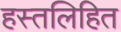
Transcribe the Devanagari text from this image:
हस्तलिहित